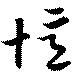
憶